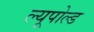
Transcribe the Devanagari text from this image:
ल्यूपोल्ड